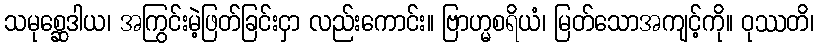
သမုစ္ဆေဒါယ၊ အကြွင်းမဲ့ဖြတ်ခြင်းငှာ လည်းကောင်း။ ဗြာဟ္မစရိယံ၊ မြတ်သောအကျင့်ကို။ ဝုဿတိ၊